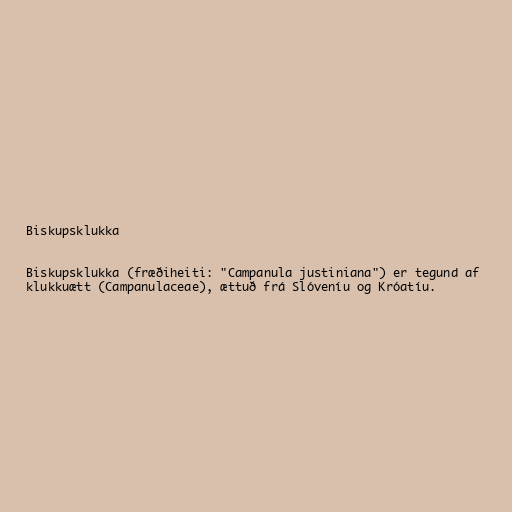
Biskupsklukka

Biskupsklukka (fræðiheiti: "Campanula justiniana") er tegund af
klukkuætt (Campanulaceae), ættuð frá Slóveníu og Króatíu.